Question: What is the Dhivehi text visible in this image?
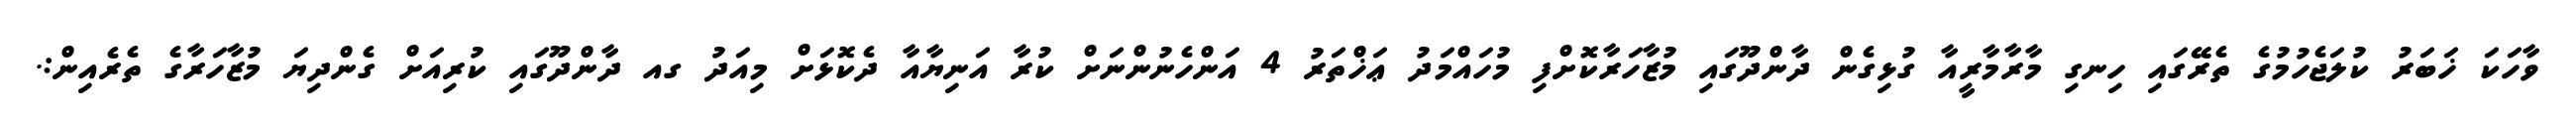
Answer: ވާހަކަ ޚަބަރު ކުލަޖެހުމުގެ ތެރޭގައި ހިނގި މާރާމާރީއާ ގުޅިގެން ދާންދޫގައި މުޒާހަރާކޮށްފި މުހައްމަދު ޢަޚްތަރު 4 އަންހެނުންނަށް ކުރާ އަނިޔާއާ ދެކޮޅަށް މިއަދު ގއ ދާންދޫގައި ކުރިއަށް ގެންދިޔަ މުޒާހަރާގެ ތެރެއިން:.